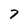
Character: 7